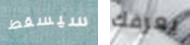
سيسقط يعرفك